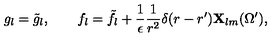
g _ { l } = \tilde { g } _ { l } , \qquad f _ { l } = \tilde { f } _ { l } + { \frac { 1 } { \epsilon } } { \frac { 1 } { r ^ { 2 } } } \delta ( r - r ^ { \prime } ) { \bf X } _ { l m } ( \Omega ^ { \prime } ) ,